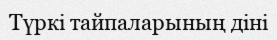
Түркі тайпаларының діні